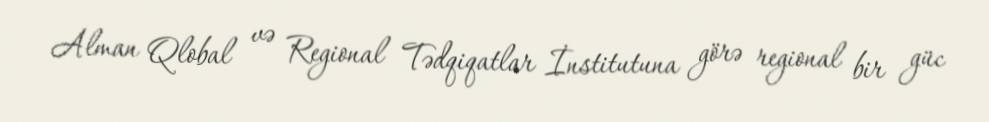
Alman Qlobal və Regional Tədqiqatlar İnstitutuna görə regional bir güc